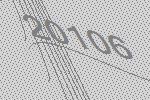
20106